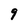
Character: 9